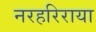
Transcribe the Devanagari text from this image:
नरहरिराया